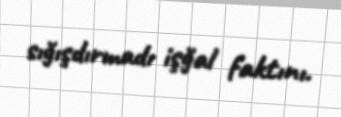
sığışdırmadı işğal faktını.